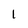
Character: 1